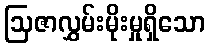
ဩဇာလွှမ်းမိုးမှုရှိသော